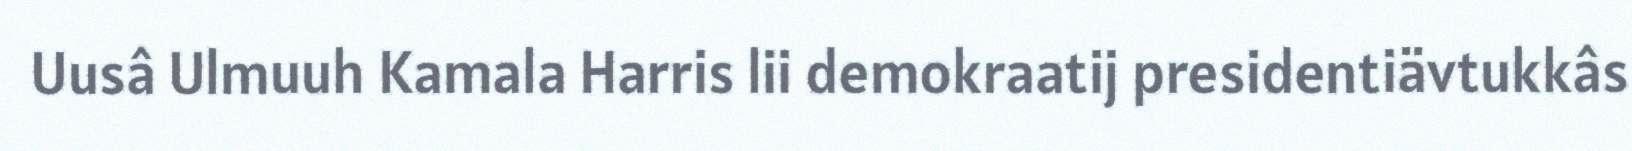
Uusâ Ulmuuh Kamala Harris lii demokraatij presidentiävtukkâs